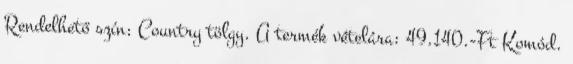
Rendelhető szín: Country tölgy. A termék vételára: 49.140.-Ft Komód.